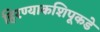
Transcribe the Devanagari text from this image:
हिरण्याकशिपूकडे